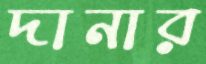
দানার